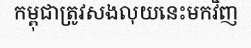
កម្ពុជាត្រូវសងលុយនេះមកវិញ